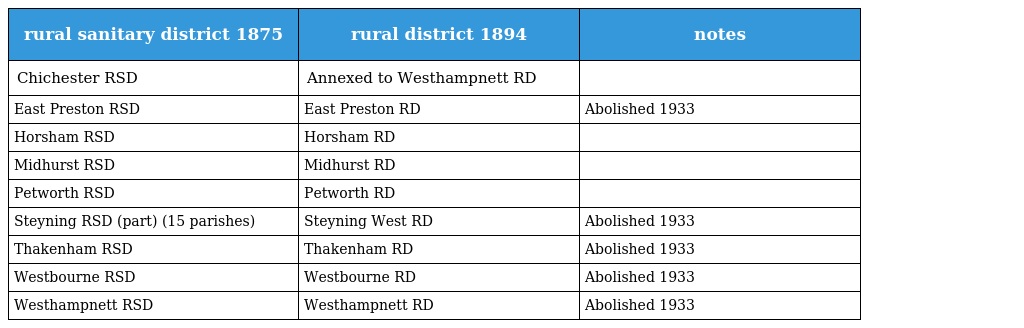
| rural sanitary district 1875 | rural district 1894 | notes |
 | --- | --- | --- |
 | Chichester RSD | Annexed to Westhampnett RD |  |
 | East Preston RSD | East Preston RD | Abolished 1933 |
 | Horsham RSD | Horsham RD |  |
 | Midhurst RSD | Midhurst RD |  |
 | Petworth RSD | Petworth RD |  |
 | Steyning RSD (part) (15 parishes) | Steyning West RD | Abolished 1933 |
 | Thakenham RSD | Thakenham RD | Abolished 1933 |
 | Westbourne RSD | Westbourne RD | Abolished 1933 |
 | Westhampnett RSD | Westhampnett RD | Abolished 1933 |